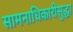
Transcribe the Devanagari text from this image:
सामनाधिकारीसुद्धा